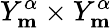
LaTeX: Y_{\mathbf{m}}^{\alpha}\times Y_{\mathbf{m}}^{\alpha}